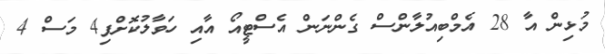
މުޅިން އާ 28 އެމްބިއުލާންސް ގެންނަން އެސްޓީއޯ އާއި ހަވާލުކޮށްފި4 މަސް 4